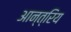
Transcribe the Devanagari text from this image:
आन्त्रिय